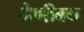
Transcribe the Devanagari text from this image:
श्रेणीबद्य